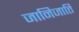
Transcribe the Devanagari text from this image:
जानिजाति